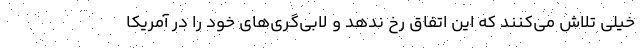
خیلی تلاش می‌کنند که این اتفاق رخ ندهد و لابی‌گری‌های خود را در آمریکا